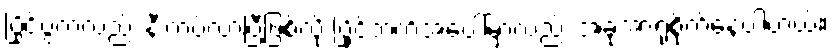
ပြိုင်ပွဲကလည်း နီးကပ်လာပြီဖြစ်လို့ ပြိုင်ဘက်အပေါ်မှာလည်း အခုအာရုံစိုက်နေပါတယ်။